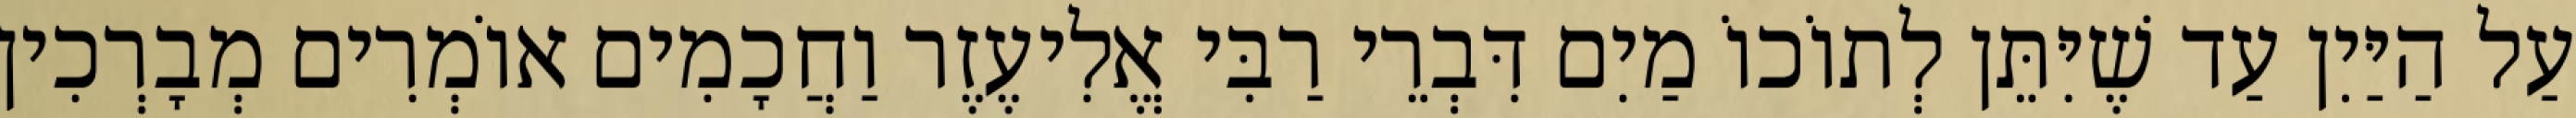
עַל הַיַּיִן עַד שֶׁיִּתֵּן לְתוֹכוֹ מַיִם דִּבְרֵי רַבִּי אֱלִיעֶזֶר וַחֲכָמִים אוֹמְרִים מְבָרְכִין